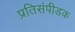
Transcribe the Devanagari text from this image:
प्रतिसंपीडक